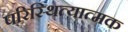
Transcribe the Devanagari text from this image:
परिस्थित्यात्मक